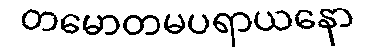
တမောတမပရာယနော